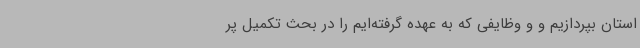
استان بپردازیم و و وظایفی که به عهده گرفته‌ایم را در بحث تکمیل پر